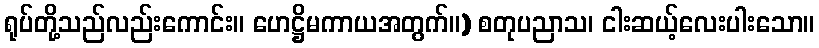
ရုပ်တို့သည်လည်းကောင်း။ ဟေဋ္ဌိမကာယအတွက်။) စတုပညာသ၊ ငါးဆယ့်လေးပါးသော။